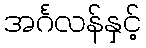
အင်္ဂလန်နှင့်